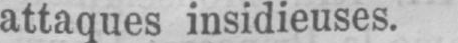
attaques insidieuses.